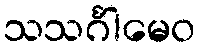
သသင်္ဂါမေဝ